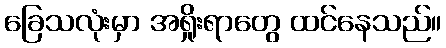
ခြေသလုံးမှာ အရှိုးရာတွေ ထင်နေသည်။